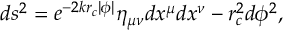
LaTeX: d s ^ { 2 } = e ^ { - 2 k r _ { c } | \phi | } \eta _ { \mu \nu } d x ^ { \mu } d x ^ { \nu } - r _ { c } ^ { 2 } d \phi ^ { 2 } ,